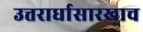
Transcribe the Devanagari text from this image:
उत्तरार्धासारखाच